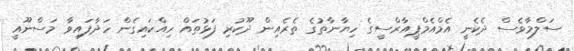
ސަލްމާވެސް ދެކެނީ އެމްއެމްޕީއާރްސީގެ ހިޔާނާތުގެ ތެރެއިން ދޫކުރި ފަޅުތައް ހިއްކައިގެން ހަދާފައިވާ މަސްނޫއީ